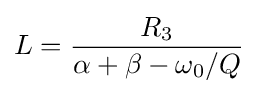
L={\frac {R_{3}}{\alpha +\beta -\omega _{0}/Q}}